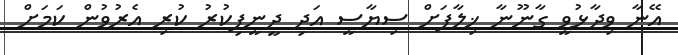
އޭނާ ވިދާޅުވީ ގާނޫނާ ޚިލާފަށް ސިޔާސީ އަދި ދީނީފިކުރު ކުރި އެރުވުން ކަމަށް